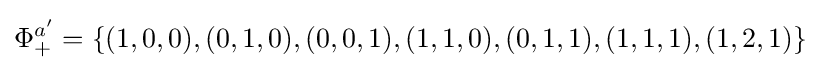
\Phi _{+}^{a'}=\{(1,0,0),(0,1,0),(0,0,1),(1,1,0),(0,1,1),(1,1,1),(1,2,1)\}